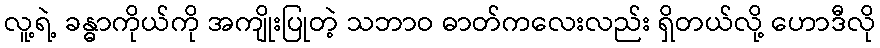
လူ့ရဲ့ ခန္ဓာကိုယ်ကို အကျိုးပြုတဲ့ သဘာဝ ဓာတ်ကလေးလည်း ရှိတယ်လို့ ဟောဒီလို